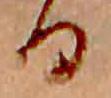
る